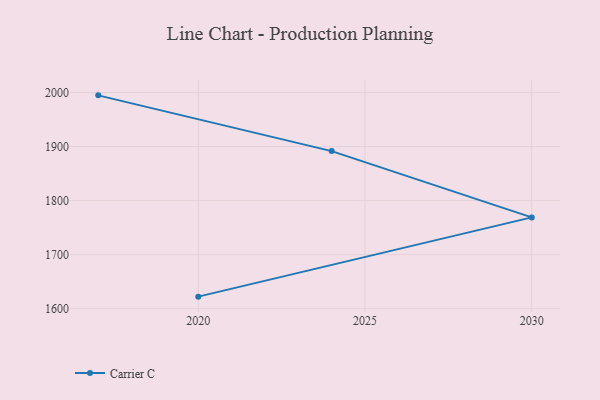
{"axis": {"x": "Year", "y": "Energy Usage (MWh)"}, "legend": ["Carrier C"], "data": [{"x": "2017", "y": 1994.8, "type": "Carrier C"}, {"x": "2024", "y": 1891.6, "type": "Carrier C"}, {"x": "2030", "y": 1768.9, "type": "Carrier C"}, {"x": "2020", "y": 1622.2, "type": "Carrier C"}]}